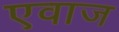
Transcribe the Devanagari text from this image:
एवाज